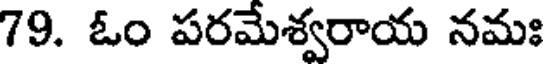
79. ఓం పరమేశ్వరాయ నమః